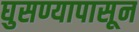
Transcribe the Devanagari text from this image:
घुसण्यापासून